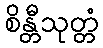
စိန္တီသုတ္တံ